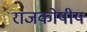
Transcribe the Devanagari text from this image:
राजकोषीय